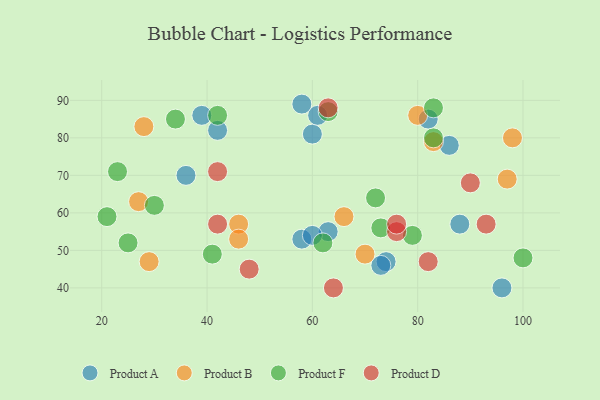
{"axis": {"x": "GDP", "y": "Life Expectancy"}, "legend": ["Product A", "Product B", "Product D", "Product F"], "data": [{"x": "60", "y": 81, "type": "Product A"}, {"x": "96", "y": 40, "type": "Product A"}, {"x": "42", "y": 82, "type": "Product A"}, {"x": "61", "y": 86, "type": "Product A"}, {"x": "63", "y": 55, "type": "Product A"}, {"x": "74", "y": 47, "type": "Product A"}, {"x": "73", "y": 46, "type": "Product A"}, {"x": "88", "y": 57, "type": "Product A"}, {"x": "39", "y": 86, "type": "Product A"}, {"x": "86", "y": 78, "type": "Product A"}, {"x": "36", "y": 70, "type": "Product A"}, {"x": "58", "y": 89, "type": "Product A"}, {"x": "58", "y": 53, "type": "Product A"}, {"x": "60", "y": 54, "type": "Product A"}, {"x": "82", "y": 85, "type": "Product A"}, {"x": "98", "y": 80, "type": "Product B"}, {"x": "46", "y": 57, "type": "Product B"}, {"x": "83", "y": 79, "type": "Product B"}, {"x": "28", "y": 83, "type": "Product B"}, {"x": "97", "y": 69, "type": "Product B"}, {"x": "27", "y": 63, "type": "Product B"}, {"x": "80", "y": 86, "type": "Product B"}, {"x": "46", "y": 53, "type": "Product B"}, {"x": "70", "y": 49, "type": "Product B"}, {"x": "29", "y": 47, "type": "Product B"}, {"x": "66", "y": 59, "type": "Product B"}, {"x": "63", "y": 87, "type": "Product F"}, {"x": "34", "y": 85, "type": "Product F"}, {"x": "62", "y": 52, "type": "Product F"}, {"x": "73", "y": 56, "type": "Product F"}, {"x": "100", "y": 48, "type": "Product F"}, {"x": "83", "y": 88, "type": "Product F"}, {"x": "83", "y": 80, "type": "Product F"}, {"x": "25", "y": 52, "type": "Product F"}, {"x": "23", "y": 71, "type": "Product F"}, {"x": "21", "y": 59, "type": "Product F"}, {"x": "42", "y": 86, "type": "Product F"}, {"x": "72", "y": 64, "type": "Product F"}, {"x": "41", "y": 49, "type": "Product F"}, {"x": "30", "y": 62, "type": "Product F"}, {"x": "79", "y": 54, "type": "Product F"}, {"x": "63", "y": 88, "type": "Product D"}, {"x": "90", "y": 68, "type": "Product D"}, {"x": "42", "y": 71, "type": "Product D"}, {"x": "76", "y": 55, "type": "Product D"}, {"x": "48", "y": 45, "type": "Product D"}, {"x": "82", "y": 47, "type": "Product D"}, {"x": "64", "y": 40, "type": "Product D"}, {"x": "42", "y": 57, "type": "Product D"}, {"x": "93", "y": 57, "type": "Product D"}, {"x": "76", "y": 57, "type": "Product D"}]}